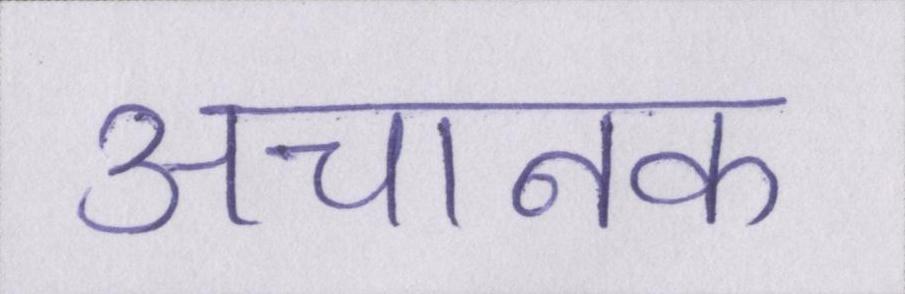
अचानक